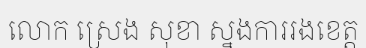
លោក ស្រេង សុខា ស្នងការរងខេត្ត